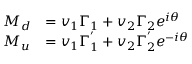
\begin{array} { l l } { { M _ { d } } } & { { = v _ { 1 } \Gamma _ { 1 } + v _ { 2 } \Gamma _ { 2 } e ^ { i \theta } } } \\ { { M _ { u } } } & { { = v _ { 1 } \Gamma _ { 1 } ^ { ' } + v _ { 2 } \Gamma _ { 2 } ^ { ' } e ^ { - i \theta } } } \end{array}